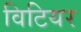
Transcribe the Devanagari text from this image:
विटियर